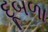
દૂબળા